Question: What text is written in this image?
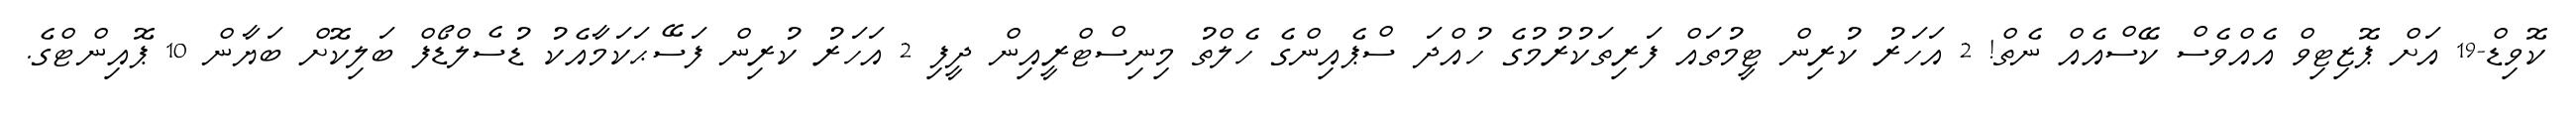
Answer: ކޮވިޑް-19 އަށް ޕޮޒިޓިވް އެއްވެސް ކޭސްއެއް ނެތް! 2 އަހަރު ކުރިން ޓީމުތައް ފަރިތަކުރުމުގެ ހުއްދަ ސްޕެއިންގެ ހެލްތު މިނިސްޓްރީއިން ދީފި 2 އަހަރު ކުރިން ފަސޭޙަކަމާއެކު ޑުސެލްޑޯފް ބަލިކޮށް ބަޔާން 10 ޕޮއިންޓްގެ.